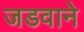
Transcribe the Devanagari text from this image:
जडवाने